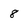
Character: 8